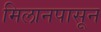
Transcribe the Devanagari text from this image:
मिलानपासून